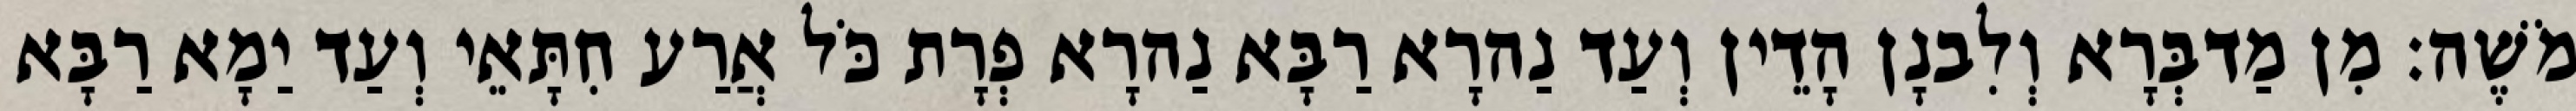
מֹשֶׁה׃ מִן מַדבְּרָא וְלִבנָן הָדֵין וְעַד נַהרָא רַבָּא נַהרָא פְרָת כֹּל אֲרַע חִתָּאֵי וְעַד יַמָא רַבָּא